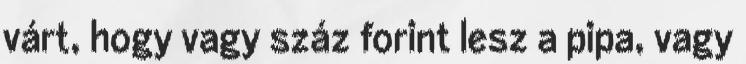
várt, hogy vagy száz forint lesz a pipa, vagy